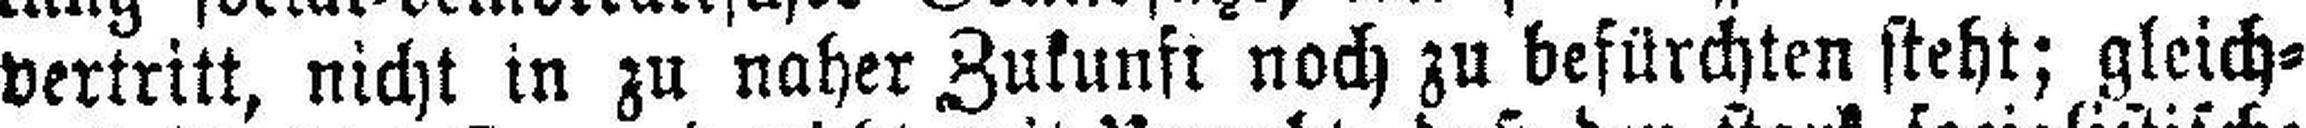
vertritt, nicht in zu naher Zukunft noch zu befürchten steht; gleich¬